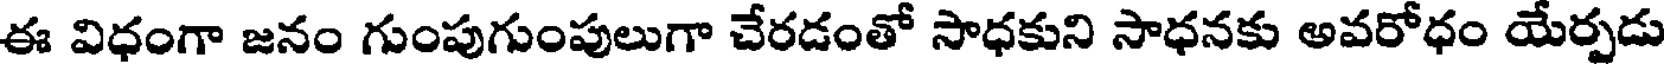
ఈ విధంగా జనం గుంపుగుంపులుగా చేరడంతో సాధకుని సాధనకు అవరోధం యేర్పడు